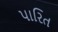
પારિત